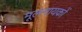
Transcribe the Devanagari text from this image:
मूलनायकों